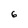
Character: 6